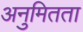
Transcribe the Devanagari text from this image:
अनुमितता